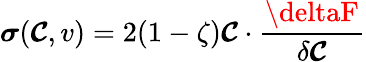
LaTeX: \boldsymbol{\sigma}(\boldsymbol{\mathcal{C}},v)=2(1-\zeta)\boldsymbol{\mathcal{C}}\cdot\frac{{\deltaF}}{{\delta\boldsymbol{\mathcal{C}}}}